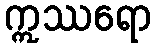
ဣဿရော